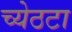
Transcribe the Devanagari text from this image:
च्येठटा